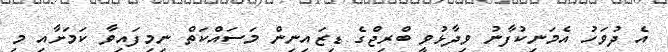
އެ ދުވަހު އެމަނިކުފާނު ވިދާޅުވީ ބްރިޖްގެ ޑިޒައިނިން މަސައްކަތް ނިމިފައިވާ ކަމަށާއި މި